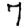
Digit: 7